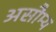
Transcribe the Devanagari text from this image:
असौम्य